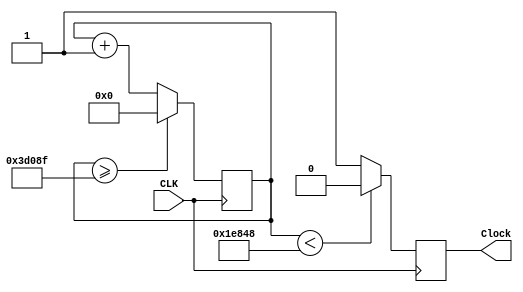
//DIVIDIR O CLOCK PRA MANDAR ESSE NOVO CLOCK PRA FAZER O DEBOUNCING
module DebounceDivideCLK(CLK, Clock);
    input CLK; //Clock que ser dividido
    output reg Clock; //Clock dividido
    reg [26:0]counter = 0;
    always @(posedge CLK)
    begin
        counter <= (counter >= 249999)?0:counter+1;
        Clock <= (counter < 125000)?1'b0:1'b1;
    end
endmodule
//